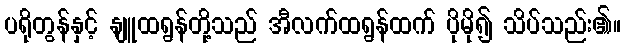
ပရိုတွန်နှင့် နျူထရွန်တို့သည် အီလက်ထရွန်ထက် ပိုမို၍ သိပ်သည်း၏။